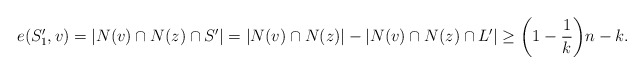
\begin{align*}e(S_1^{\prime}, v)= |N(v)\cap N(z)\cap S^{\prime}|=|N(v)\cap N(z)|-|N(v)\cap N(z)\cap L^{\prime}|\ge \bigg(1-\frac{1}{k}\bigg)n -k.\end{align*}